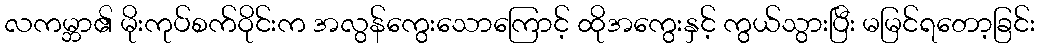
လကမ္ဘာ၏ မိုးကုပ်စက်ဝိုင်းက အလွန်ကွေးသောကြောင့် ထိုအကွေးနှင့် ကွယ်သွားပြီး မမြင်ရတော့ခြင်း